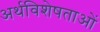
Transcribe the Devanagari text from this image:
अर्थविशेषताओं